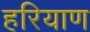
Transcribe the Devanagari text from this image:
हरियाण